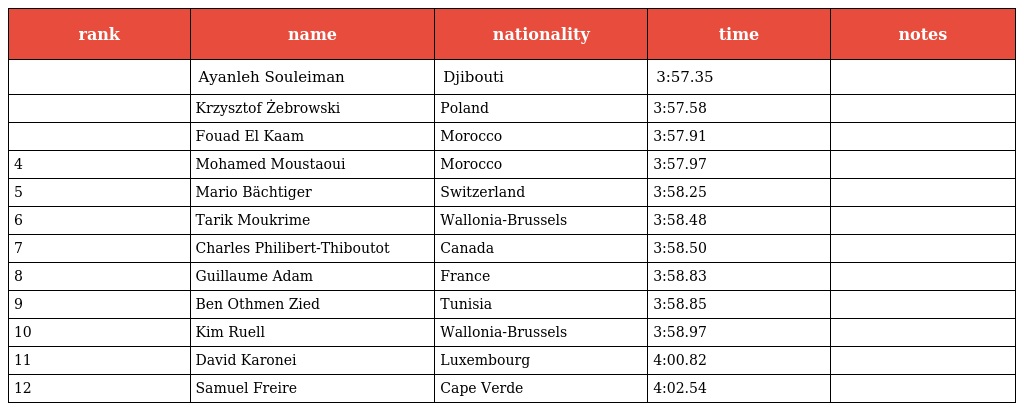
| rank | name | nationality | time | notes |
 | --- | --- | --- | --- | --- |
 |  | Ayanleh Souleiman | Djibouti | 3:57.35 |  |
 |  | Krzysztof Żebrowski | Poland | 3:57.58 |  |
 |  | Fouad El Kaam | Morocco | 3:57.91 |  |
 | 4 | Mohamed Moustaoui | Morocco | 3:57.97 |  |
 | 5 | Mario Bächtiger | Switzerland | 3:58.25 |  |
 | 6 | Tarik Moukrime | Wallonia-Brussels | 3:58.48 |  |
 | 7 | Charles Philibert-Thiboutot | Canada | 3:58.50 |  |
 | 8 | Guillaume Adam | France | 3:58.83 |  |
 | 9 | Ben Othmen Zied | Tunisia | 3:58.85 |  |
 | 10 | Kim Ruell | Wallonia-Brussels | 3:58.97 |  |
 | 11 | David Karonei | Luxembourg | 4:00.82 |  |
 | 12 | Samuel Freire | Cape Verde | 4:02.54 |  |